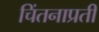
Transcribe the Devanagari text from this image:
चिंतनाप्रती